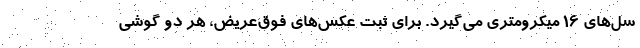
سل‌های ۱۶ میکرومتری می‌گیرد. برای ثبت عکس‌های فوق‌عریض، هر دو گوشی